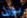
بوزن